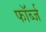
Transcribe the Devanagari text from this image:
फॉर्ब्ज